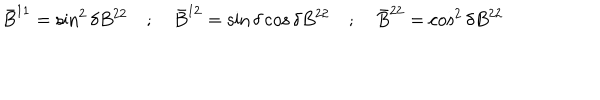
LaTeX: { \bar { B } } ^ { 1 1 } = \sin ^ { 2 } \delta B ^ { 2 2 } \quad ; \quad { \bar { B } } ^ { 1 2 } = \sin \delta \cos \delta B ^ { 2 2 } \quad ; \quad { \bar { B } } ^ { 2 2 } = \cos ^ { 2 } \delta B ^ { 2 2 }